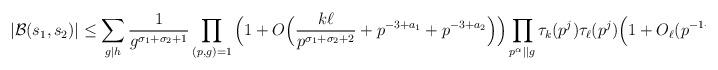
LaTeX: \begin{align*} |\mathcal{B}(s_1,s_2)| \le \sum_{g \mid h} \frac{1}{g^{\sigma_1+\sigma_2+1}} \prod_{(p,g)=1} \Big(1+O \Big( \frac{k \ell}{p^{\sigma_1+\sigma_2+2}} + p^{-3+a_1} + p^{-3+a_2} \Big) \Big) \prod_{p^{\alpha} \mid \mid g} \tau_{k}(p^j) \tau_{\ell}(p^j) \Big(1+O_{\ell}(p^{-1+\max(a_1,a_2)}) \Big). \end{align*}